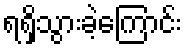
ရရှိသွားခဲ့ကြောင်း